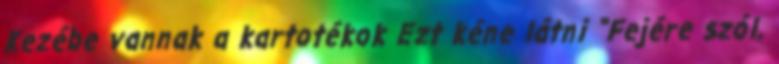
Kezébe vannak a kartotékok Ezt kéne látni "Fejére szól,